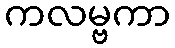
ကလမ္ဗကာ